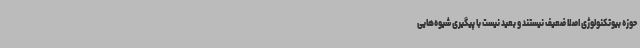
حوزه بیوتکنولوژی اصلا ضعیف نیستند و بعید نیست با پیگیری شیوه‌هایی